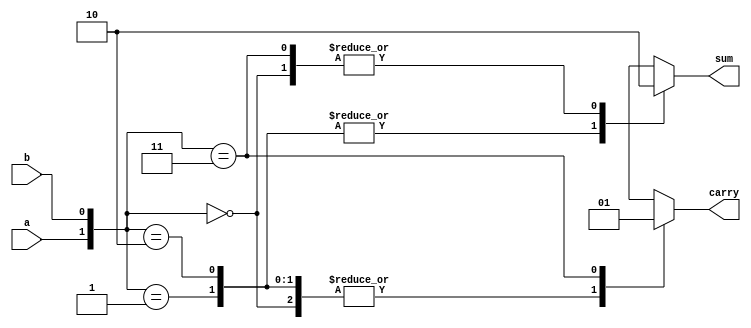
`timescale 1ns / 1ps
//////////////////////////////////////////////////////////////////////////////////
// Company: 
// Engineer: 
// 
// Design Name: 
// Module Name:    B1halfadder 
// Project Name: 
// Target Devices: 
// Tool versions: 
// Description: 
//
// Dependencies: 
//
// Revision: 
// Revision 0.01 - File Created
// Additional Comments: 
//
//////////////////////////////////////////////////////////////////////////////////
module B1halfadder(a,b,sum,carry
    );
input a,b;
output sum,carry;
reg sum,carry;
always@(a,b)
begin
case({a,b})
2'b00:  begin sum=1'b0; carry=1'b0; end
2'b01:  begin sum=1'b1; carry=1'b0; end
2'b10:  begin sum=1'b1; carry=1'b0; end
2'b11:  begin sum=1'b0; carry=1'b1; end
default:begin sum=1'bx; carry=1'bx; end
endcase
end
endmodule